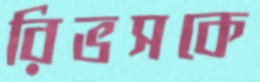
রিভসকে